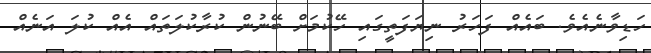
ހަޑިވާނެއެވެ. ބައެއް ފަހަރު ނިޔަފަތީގައި ހޭކުމަށް ބޭނުން ކުރާކުލަތައް އެއް ކުލަ އަނެއް